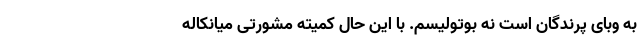
به وبای پرندگان است نه بوتولیسم. با این حال کمیته مشورتی میانکاله